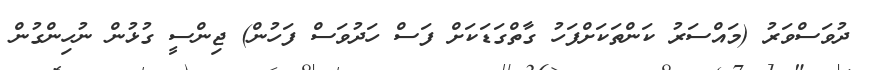
ދުވަސްވަރު (މައްސަރު ކަންތަކަށްފަހު ގާތްގަޑަކަށް ފަސް ހަދުވަސް ފަހުން) ޖިންސީ ގުޅުން ނުހިންގުން